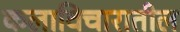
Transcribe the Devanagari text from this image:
कलाविचारातील